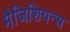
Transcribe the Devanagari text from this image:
मैजिशियन्स